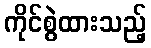
ကိုင်စွဲထားသည့်